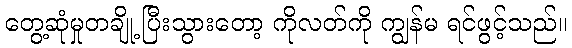
တွေ့ဆုံမှုတချို့ ပြီးသွားတော့ ကိုလတ်ကို ကျွန်မ ရင်ဖွင့်သည်။